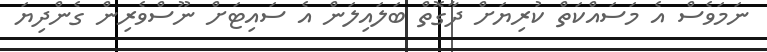
ނަމަވެސް އެ މަސައްކަތް ކުރިޔަށް ދާގޮތް ބަލައިލަން އެ ސައިޓަށް ނޫސްވެރިން ގެންދިޔަ